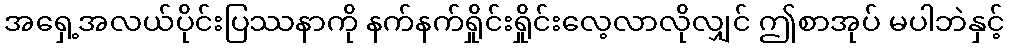
အရှေ့အလယ်ပိုင်းပြဿနာကို နက်နက်ရှိုင်းရှိုင်းလေ့လာလိုလျှင် ဤစာအုပ် မပါဘဲနှင့်